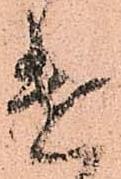
遣